Civil Veterinary Department Bihar reports 1940-50 - 1940-1950
Year: 1940
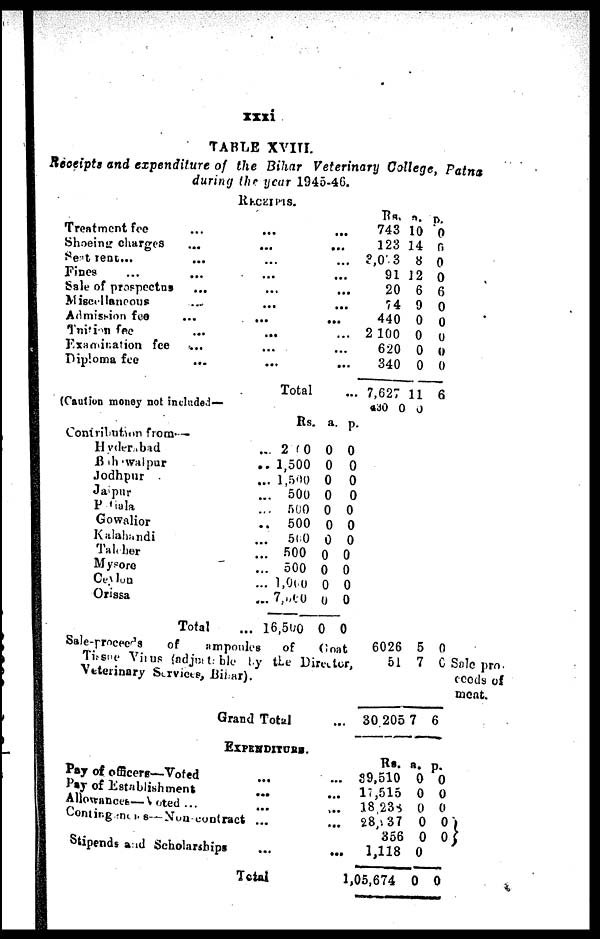
xxxi
TABLE XVIII.
Receipts and expenditure of the Bihar Veterinary College, Patna
during the year 1945-46.
RECEIPTS.
Treatment fee ... ...
Shoeing charges
...
...
Seat rent ... ... ...
Fines
Sale of prospectus
Miscellaneous ... ...
Admission
fee
...
...
Tuition fee
...
...
Examination fee ... ...
Diploma fee
...
...
Total
(Caution money not included—
Contribution from—
Hyderabad
Behawalpur
Jodhpur
Jaipur
Patiala
Gowalior
Kalahandi
Taleher
Mysore
Ceylon
Orissa
Rs.
... 2 00
.. 1,500
... 1,500
... 500
... 500
..
500
...
6t;0
... 500
... 500
... 1,000
... 7,000
Total
... 16,500
...
...
...
...
...
...
...
...
...
...
...
a.
0
0
0
0
0
0
0
0
0
0
0
0
p.
0
0
0
0
0
0
0
0
0
0
0
0
Sale-proceed's
of
amponles
of
Goat
Tissue Virus (adjustable by the Director,
Veterinary Services, Bihar).
Grand Total
...
Rs.
743
123
3,013
91
20
74
440
2 100
620
340
7,627
430
a.
10
14
8
12
6
9
0
0
0
0
11
0
p.
0
ft
0
0
6
0
0
0
0
0
6
6026
5
5
1 7
0
c
30 205 7 6
Sale pro-
ceeds of
meat.
EXPENDITURS.
Pay of officers—Voted
...
Pay of Establishment ...
Allowances — Voted ... ...
Contingenents—Nun contract ...
Stipends and Scholarships
Total
Rs.
... 39,510
... 17,515
...
18,233
...
28/. 37
356
...
1,118
1,05,674
a.
0
0
0
0
0
0
0
p.
0
0
0
0